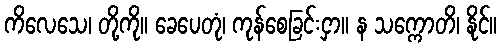
ကိလေသေ၊ တို့ကို။ ခေပေတုံ၊ ကုန်စေခြင်းငှာ။ န သက္ကောတိ၊ နိုင်။